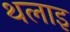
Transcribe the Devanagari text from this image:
थलाइ